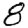
Digit: 8